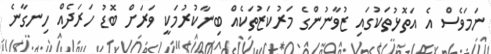
ނަމަވެސް އެ އަތޮޅުތަކުގައި ޒުވާނުންގެ މަރުކަޒުތަކެއް ބިނާކުރުމަކީ ވަރަށް ބޮޑު ހަރަދެއް ހިނގާނެ